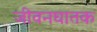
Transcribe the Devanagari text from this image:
जीवनघातक